Annual report on the Civil Veterinary Department, Burma (including the Insein Veterinary School) - 1923-1931
Year: 1923
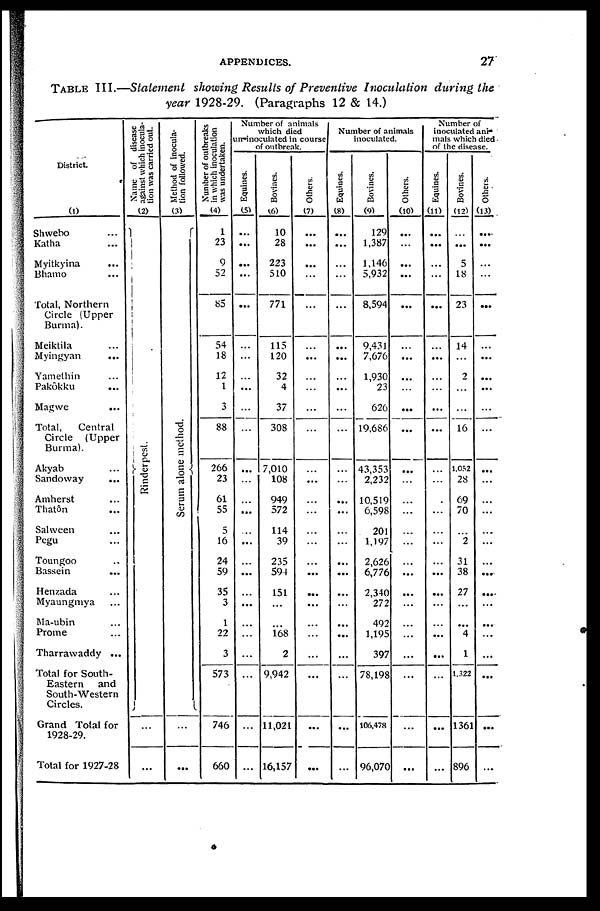
APPENDICES.
27
TABLE III.—Statement showing Results of Preventive Inoculation during the
year 1928-29. (Paragraphs 12 & 14.)
District.
(1)
Shwebo ...
Katha ...
Myitkyina
...
Bhamo ...
Total, Northern
Circle (Upper
Burma).
Meiktila ...
Myingyan ...
Yamethin ...
Pakôkku
...
Magwe ...
Total,
Central
Circle (Upper
Burma).
Akyab ...
Sandoway
...
Amherst ...
Thatôn ...
Salween ...
Pegu ...
Toungoo ...
Bassein
...
Henzada ...
Myaungmya ...
Ma-ubin ...
Prome ...
Tharrawaddy ...
Total for South-
Eastern
and
South-Western
Circles.
Grand Total for
1928-29.
Total for 1927-28
Name of disease
against which inocula-
tion was carried out .
(2)
Rinderpest.
...
...
Method of inocula-
tion followed.
(3)
Se r
um alone method.
...
...
Number of outbreaks
in which inoculation
was undertaken.
(4)
1
23
9
52
85
54
18
12
1
3
88
266
23
61
55
5
16
24
59
35
3
1
22
3
573
746
660
Number of animals
which died
in-inoculated in course
of outbreak.
Equines.
(5)
...
...
...
...
...
...
...
...
...
...
...
...
...
...
...
...
...
...
...
...
...
...
...
...
...
Bovines.
(6)
10
28
223
510
771
115
120
32
4
37
308
7,010
108
949
572
114
39
235
594
151
...
...
168
2
9,942
11,021
16,157
Others.
(7)
...
...
...
...
...
...
...
...
...
...
...
...
...
...
...
...
...
...
...
...
...
...
...
...
...
...
...
Number of animals
inoculated.
Equines.
(8)
...
...
...
...
...
...
...
...
...
...
...
...
...
...
...
...
...
...
...
...
...
...
...
...
...
Bovines.
(9)
129
1,387
1,146
5,932
8,594
9,431
7,676
1,930
23
626
19,686
43,353
2,232
10,519
6,598
201
1,197
2,626
6,776
2,340
272
492
1,195
397
78,198
106,478
96,070
Others.
(10)
...
...
...
...
...
...
...
...
...
...
...
...
...
...
...
...
...
...
...
...
...
...
...
...
...
...
...
Number of
inoculated ani-
mals which died
of the disease.
Equines.
(11)
...
...
...
...
...
...
...
...
...
...
...
...
...
...
...
...
...
...
...
...
...
...
...
...
...
...
...
Bovines.
(12)
...
...
5
18
23
14
...
2
...
...
16
1,052
28
69
70
...
2
31
38
27
...
...
4
1
1,322
1361
896
Others.
(13)
...
...
...
...
...
...
...
...
...
...
...
...
...
...
...
...
...
...
...
...
...
...
...
...
...
...
...